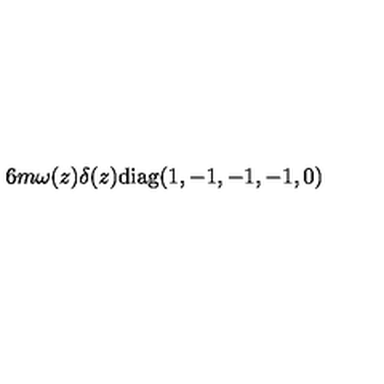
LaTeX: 6 m \omega ( z ) \delta ( z ) \mathrm { d i a g } ( 1 , - 1 , - 1 , - 1 , 0 )